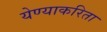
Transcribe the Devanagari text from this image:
येण्याकरिता